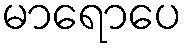
မာရောပေ